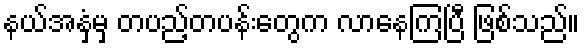
နယ်အနှံ့မှ တပည့်တပန်းတွေက လာနေကြပြီ ဖြစ်သည်။